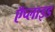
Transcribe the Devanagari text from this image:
ऍप्लाइड